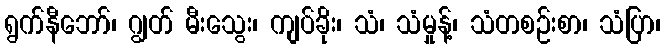
ရွက်နီဘော်၊ ဂျွတ် မီးသွေး၊ ကျပ်ခိုး၊ သံ၊ သံမှုန့်၊ သံတစဉ်းစာ၊ သံပြာ၊